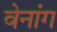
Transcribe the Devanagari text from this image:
वेनांग